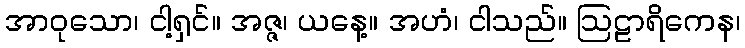
အာဝုသော၊ ငါ့ရှင်။ အဇ္ဇ၊ ယနေ့။ အဟံ၊ ငါသည်။ ဩဠာရိကေန၊